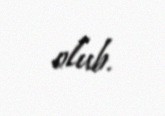
olub.